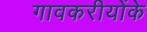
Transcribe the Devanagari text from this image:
गावकरीयोंके